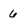
Character: 6